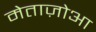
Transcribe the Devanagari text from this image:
मेताज़ोआ